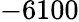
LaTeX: -6100